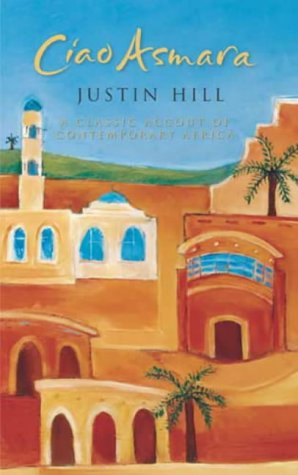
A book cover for CIAO ASMARA. A Classic Account of Contemporary Africa.; Justin Hill; Travel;